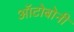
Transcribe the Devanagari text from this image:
ऑटोबोनी